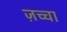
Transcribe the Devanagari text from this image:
ज़च्चा